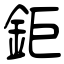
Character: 鉅